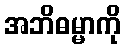
အဘိဓမ္မာကို